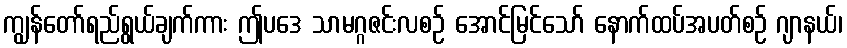
ကျွန်တော်ရည်ရွယ်ချက်ကား ဤပဒေ သာမဂ္ဂဇင်းလစဉ် အောင်မြင်သော် နောက်ထပ်အပတ်စဉ် ဂျာနယ်၊